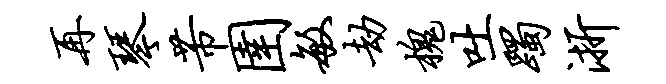
再琴芾圉敏劫槐吐躅浙